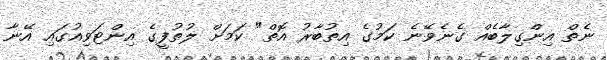
ނެތް އިންގިލާބެއް ގެނެވޭނެ ކަމުގެ އިތުބާރު އޮތް" ކަމަށް ލުތުފީގެ އިންޓަވިއުގައި އޭނާ